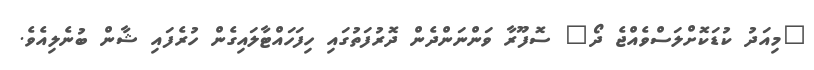
"މިއަދު ކުޑަކޮށްލަސްވެއްޖެ ދޯ" ސޮފޫރާ ވަންނަންދެން ދޮރުފަތުގައި ހިފަހައްޓާލައިގެން ހުރެފައި ޝާން ބުނެލިއެވެ.